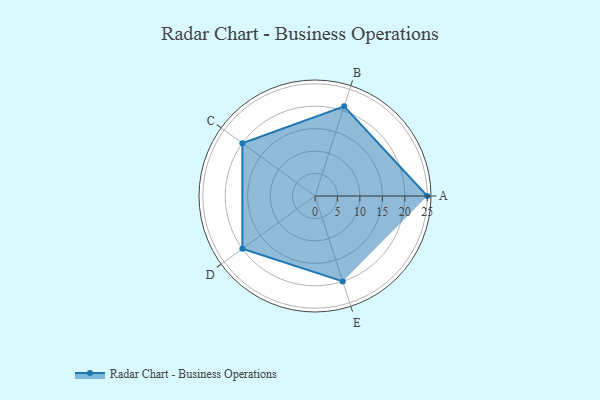
{"axis": {"x": "Skill", "y": "Score"}, "legend": ["Profile"], "data": [{"x": "A", "y": 25.0, "type": "Profile"}, {"x": "B", "y": 21.0, "type": "Profile"}, {"x": "C", "y": 20, "type": "Profile"}, {"x": "D", "y": 20, "type": "Profile"}, {"x": "E", "y": 20, "type": "Profile"}]}